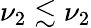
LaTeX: \nu_{2}\lesssim\nu_{2}